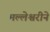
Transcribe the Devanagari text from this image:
मल्लेश्वरीने